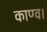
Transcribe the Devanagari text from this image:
काण्‍व।